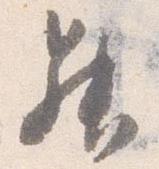
昇